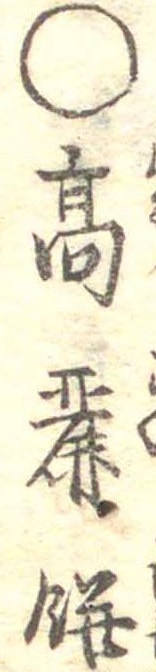
○高麗餅